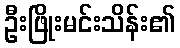
ဦးဖြိုးမင်းသိန်း၏